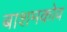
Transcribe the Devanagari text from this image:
बाशमकोव